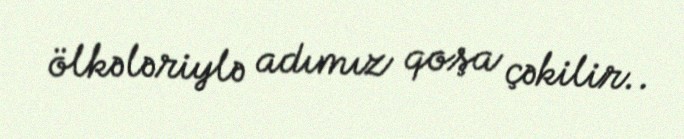
ölkələriylə adımız qoşa çəkilir..